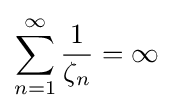
\sum _{n=1}^{\infty }{\frac {1}{\zeta _{n}}}=\infty